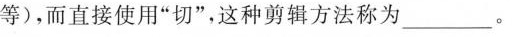
等)，而直接使用”切”，这种剪辑方法称为\underline。